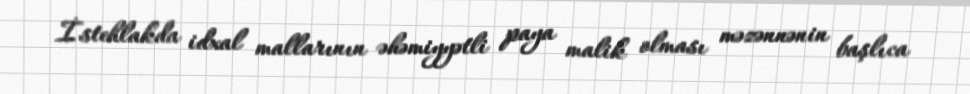
İstehlakda idxal mallarının əhəmiyyətli paya malik olması məzənnənin başlıca